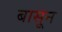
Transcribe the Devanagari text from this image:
बासून